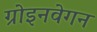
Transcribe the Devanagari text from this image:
ग्रोइनवेगन